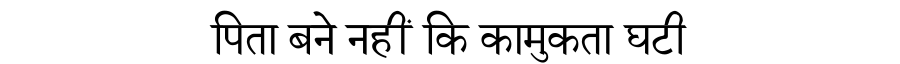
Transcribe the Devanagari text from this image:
पिता बने नहीं कि कामुकता घटी